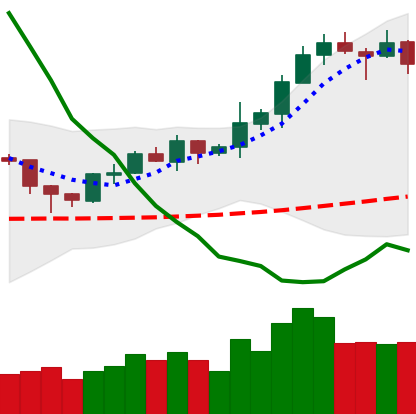
Ticker: XRP-USD
Chart end date: 2020-02-10
Forward return: 11.732%
Label: up_7plus